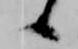
候